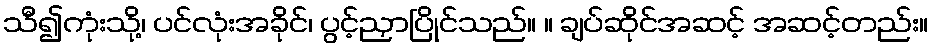
သီ၍ကုံးသို့၊ ပင်လုံးအခိုင်၊ ပွင့်ညှာပြိုင်သည်။ ။ ချပ်ဆိုင်အဆင့် အဆင့်တည်း။